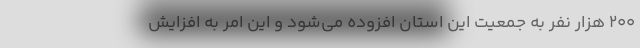
۲۰۰ هزار نفر به جمعیت این استان افزوده می‌شود و این امر به افزایش